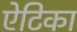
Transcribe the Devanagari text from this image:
ऐटिका